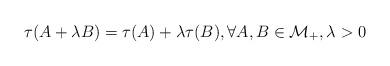
LaTeX: \begin{align*}\tau(A+\lambda B) = \tau (A) +\lambda \tau(B), \forall A, B\in \mathcal M_+, \lambda >0\end{align*}